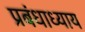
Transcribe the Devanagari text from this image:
प्रबंधाध्याय